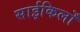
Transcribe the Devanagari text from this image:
साईकिलों